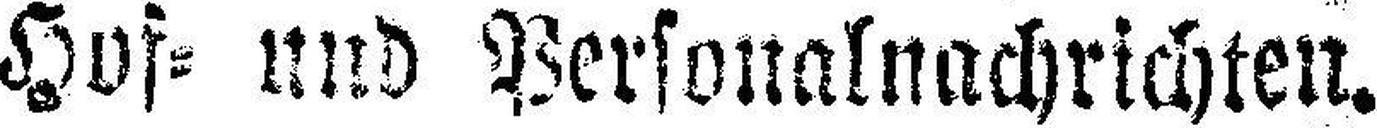
Hof= und Personalnachrichten.